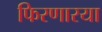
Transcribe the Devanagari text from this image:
फिरणारया